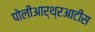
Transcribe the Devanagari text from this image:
पोलीआर्थ्रआटीस